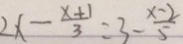
2 x - \frac { x + 1 } { 3 } = 3 - \frac { x - 2 } { 5 }